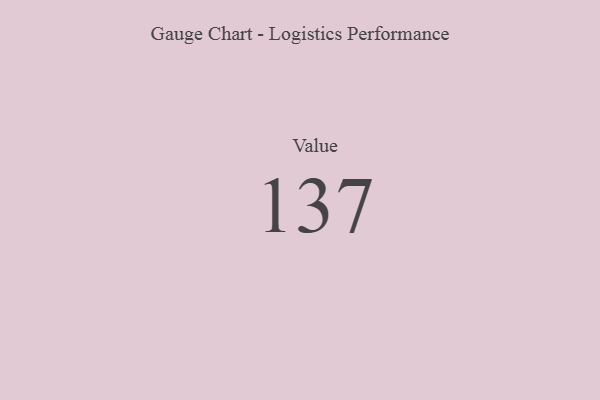
{"axis": {"x": "Metric", "y": "Value"}, "legend": [""], "data": [{"x": "Value", "y": 137, "type": ""}]}